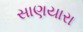
સાણયારા